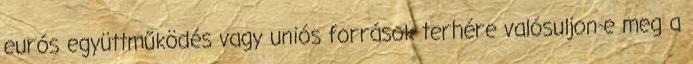
eurós együttműködés vagy uniós források terhére valósuljon-e meg a